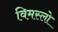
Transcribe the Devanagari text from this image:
विमस्लो